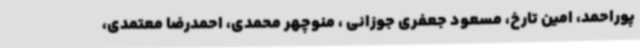
پوراحمد، امین تارخ، مسعود جعفری جوزانی ، منوچهر محمدی، احمدرضا معتمدی،